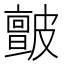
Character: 皽